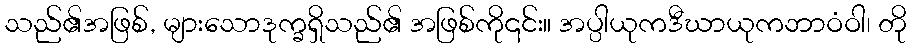
သည်၏အဖြစ်, များသောဒုက္ခရှိသည်၏ အဖြစ်ကို၎င်း။ အပ္ပါယုကဒီဃာယုကဘာဝံဝါ၊ တို